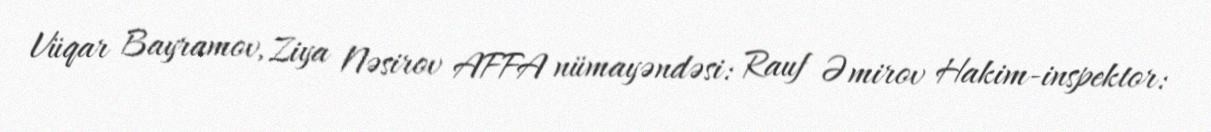
Vüqar Bayramov, Ziya Nəsirov AFFA nümayəndəsi: Rauf Əmirov Hakim-inspektor: